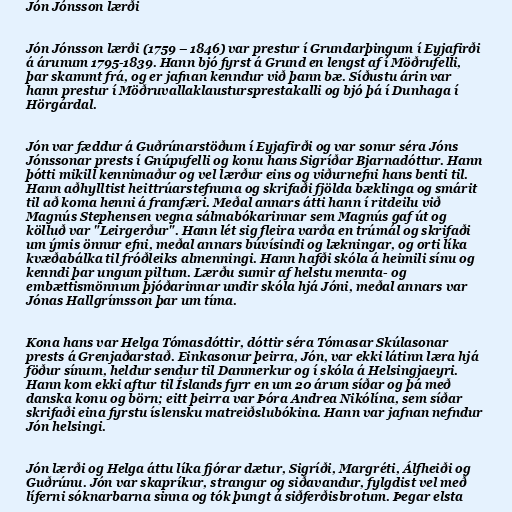
Jón Jónsson lærði

Jón Jónsson lærði (1759 – 1846) var prestur í Grundarþingum í Eyjafirði
á árunum 1795-1839. Hann bjó fyrst á Grund en lengst af í Möðrufelli,
þar skammt frá, og er jafnan kenndur við þann bæ. Síðustu árin var
hann prestur í Möðruvallaklaustursprestakalli og bjó þá í Dunhaga í
Hörgárdal.

Jón var fæddur á Guðrúnarstöðum í Eyjafirði og var sonur séra Jóns
Jónssonar prests í Gnúpufelli og konu hans Sigríðar Bjarnadóttur. Hann
þótti mikill kennimaður og vel lærður eins og viðurnefni hans benti til.
Hann aðhylltist heittrúarstefnuna og skrifaði fjölda bæklinga og smárit
til að koma henni á framfæri. Meðal annars átti hann í ritdeilu við
Magnús Stephensen vegna sálmabókarinnar sem Magnús gaf út og
kölluð var "Leirgerður". Hann lét sig fleira varða en trúmál og skrifaði
um ýmis önnur efni, meðal annars búvísindi og lækningar, og orti líka
kvæðabálka til fróðleiks almenningi. Hann hafði skóla á heimili sínu og
kenndi þar ungum piltum. Lærðu sumir af helstu mennta- og
embættismönnum þjóðarinnar undir skóla hjá Jóni, meðal annars var
Jónas Hallgrímsson þar um tíma.

Kona hans var Helga Tómasdóttir, dóttir séra Tómasar Skúlasonar
prests á Grenjaðarstað. Einkasonur þeirra, Jón, var ekki látinn læra hjá
föður sínum, heldur sendur til Danmerkur og í skóla á Helsingjaeyri.
Hann kom ekki aftur til Íslands fyrr en um 20 árum síðar og þá með
danska konu og börn; eitt þeirra var Þóra Andrea Nikólína, sem síðar
skrifaði eina fyrstu íslensku matreiðslubókina. Hann var jafnan nefndur
Jón helsingi.

Jón lærði og Helga áttu líka fjórar dætur, Sigríði, Margréti, Álfheiði og
Guðrúnu. Jón var skapríkur, strangur og siðavandur, fylgdist vel með
líferni sóknarbarna sinna og tók þungt á siðferðisbrotum. Þegar elsta